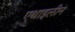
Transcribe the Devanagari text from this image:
एथाइलीन